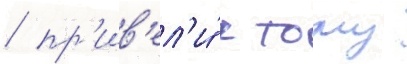
/ пр'ив'ел'и́ к тому